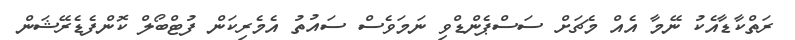
ރަތްކާޑާއެކު ނޭމާ އެއް މެޗަށް ސަސްޕެންޑްވި ނަމަވެސް ސައުތު އެމެރިކަން ފުޓްބޯލް ކޮންފެޑެރޭޝަން